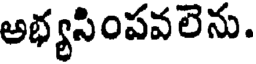
అభ్యసింపవలెను.